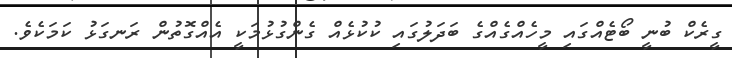
ގީރެކް ބުނީ ބޯޓެއްގައި މީހެއްގެއްގެ ބަދަލުގައި ކުކުޅެއް ގެންގުޅުމަކީ އެއްގޮތުން ރަނގަޅު ކަމަކެވެ.